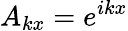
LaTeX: A_{kx}=e^{ikx}